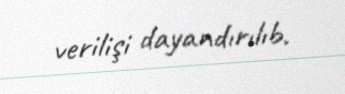
verilişi dayandırılıb.